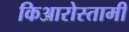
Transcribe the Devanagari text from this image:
किआरोस्तामी